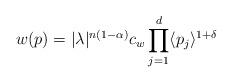
LaTeX: \begin{align*} w(p) = |\lambda|^{n(1-\alpha)} c_w \prod_{j=1}^d \langle p_j \rangle^{1+\delta} \end{align*}